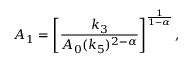
{ A } _ { 1 } = \left[ \frac { k _ { 3 } } { A _ { 0 } ( k _ { 5 } ) ^ { 2 - \alpha } } \right] ^ { \frac { 1 } { 1 - \alpha } } ,